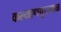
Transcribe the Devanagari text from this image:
कल्याणपूरजवळ